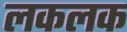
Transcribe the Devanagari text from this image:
लकलक